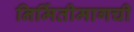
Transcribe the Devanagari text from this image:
निर्मितीमागची